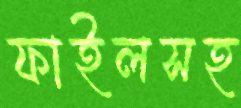
ফাইলসহ